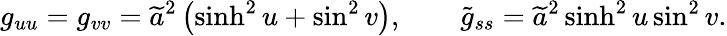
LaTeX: g_{uu}=g_{vv}=\widetilde{a}^{2}\left(\sinh^{2}u+\sin^{2}v\right),\qquad\widetilde{g}_{ss}=\widetilde{a}^{2}\sinh^{2}u\sin^{2}v.